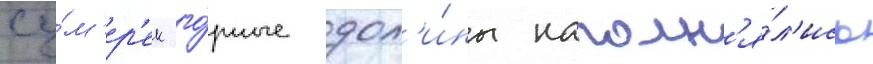
су́м'ер'ек го́рные дол'и́ны наполн'я́л'ись